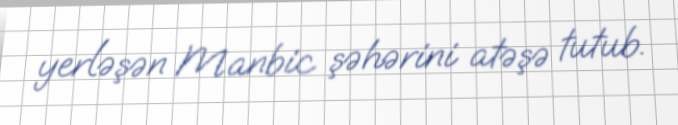
yerləşən Manbic şəhərini atəşə tutub.